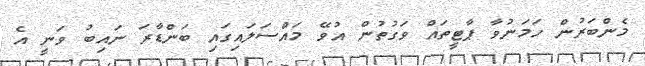
މެންބަރުން ހަމަނުވާ ޕާޓީތައް ވަގުތުން އުވޭ މައްސަލައިގައި ބަންޑާރަ ނައިބު ވަނީ އެ